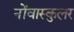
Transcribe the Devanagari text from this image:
नोंवास्कुलर